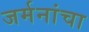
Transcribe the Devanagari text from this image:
जर्मनांचा